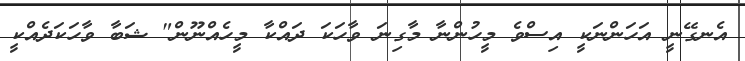
އެނގޭނީ އަހަންނަކީ އިސްވެ މީހުންނާ މާގިނަ ވާހަކަ ދައްކާ މީހެއްނޫން" ޝަބާ ވާހަކަދެއްކީ